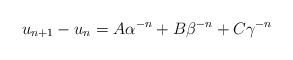
LaTeX: \begin{align*} u_{n+1}-u_n = A\alpha^{-n}+B\beta^{-n}+C\gamma^{-n}\end{align*}